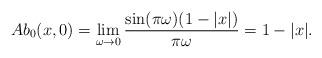
LaTeX: \begin{align*}Ab_0(x,0) = \lim_{\omega \to 0} \frac{\sin(\pi \omega) (1-|x|)}{\pi \omega} = 1-|x|.\end{align*}